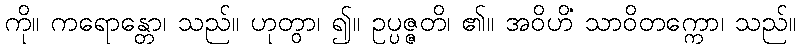
ကို။ ကရောန္တော၊ သည်။ ဟုတွာ၊ ၍။ ဥပ္ပဇ္ဇတိ၊ ၏။ အဝိဟိံ သာဝိတက္ကော၊ သည်။